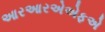
આરઆરએએફએ